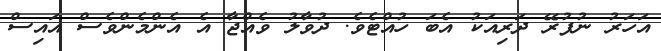
އަހަރު ނުފުރޭ ދަރިއަކު އެބަ ހުއްޓެވެ. ދުވާލު ވެއްޖާ އެ އެންމެންވެސް އައިސް